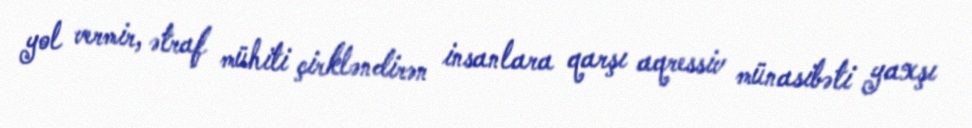
yol vermir, ətraf mühiti çirkləndirən insanlara qarşı aqressiv münasibəti yaxşı